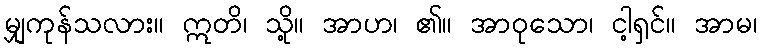
မျှကုန်သလား။ ဣတိ၊ သို့။ အာဟ၊ ၏။ အာဝုသော၊ ငါ့ရှင်။ အာမ၊